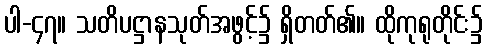
ပါ-၄၇။ သတိပဋ္ဌာနသုတ်အဖွင့်၌ ရှိတတ်၏။ ထိုကုရုတိုင်း၌